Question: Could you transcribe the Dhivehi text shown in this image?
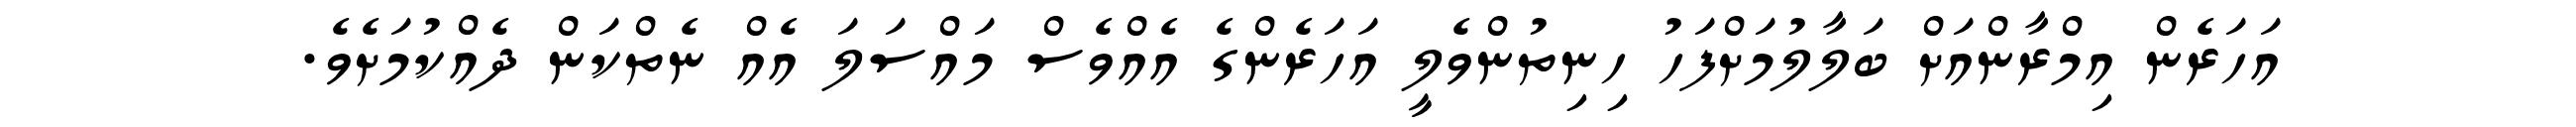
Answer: އަހަރެން އިމްރާންއަށް ބަލާލުމަށްފަހު ހިނިތުންވެލީ އަހަރެންގެ އެއްވެސް މައްސަލަ އެއް ނެތްކަން ދެއްކުމަށެވެ.